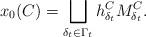
LaTeX: \begin{align*}x_0(C)=\bigsqcup_{\delta_t\in \Gamma_t}h^C_{\delta_t}\mathcal \mathcal M^C_{\delta_t}.\end{align*}